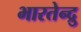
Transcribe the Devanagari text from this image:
भारतेन्द्रु